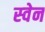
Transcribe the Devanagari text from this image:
स्‍वेन